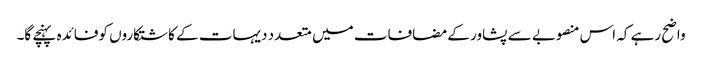
واضح رہے کہ اس منصوبے سے پشاور کے مضافات میں متعدد دیہات کے کاشتکاروں کوفائدہ پہنچے گا۔